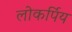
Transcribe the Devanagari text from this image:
लोकर्पिय